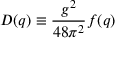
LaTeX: D ( q ) \equiv \frac { g ^ { 2 } } { 4 8 \pi ^ { 2 } } f ( q )